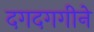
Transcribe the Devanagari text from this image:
दगदगगीने